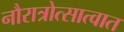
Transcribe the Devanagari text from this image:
नौरात्रोत्सात्वात